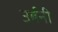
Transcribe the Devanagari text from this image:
उर्बनी